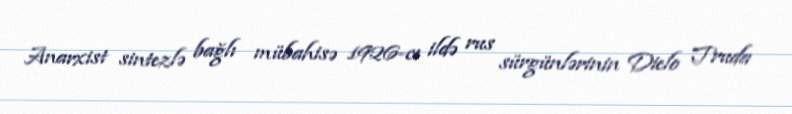
Anarxist sintezlə bağlı mübahisə 1926-cı ildə rus sürgünlərinin Dielo Truda